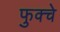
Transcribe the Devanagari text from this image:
फुक्चे